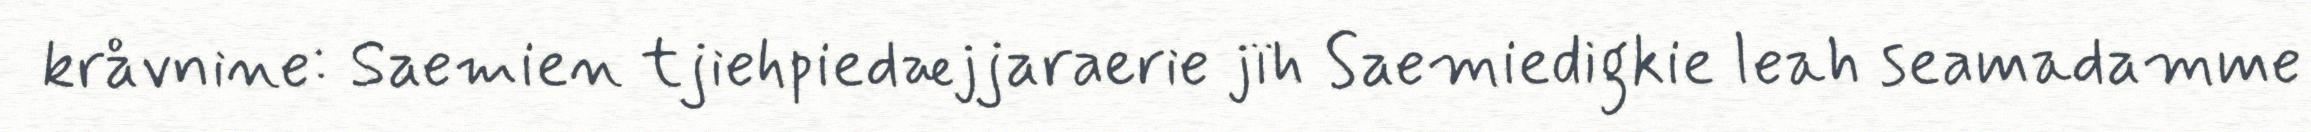
kråvnine: Saemien tjiehpiedæjjaraerie jïh Saemiedigkie leah seamadamme